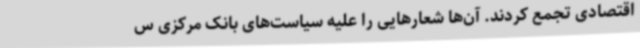
اقتصادی تجمع کردند. آن‌ها شعارهایی را علیه سیاست‌های بانک مرکزی س